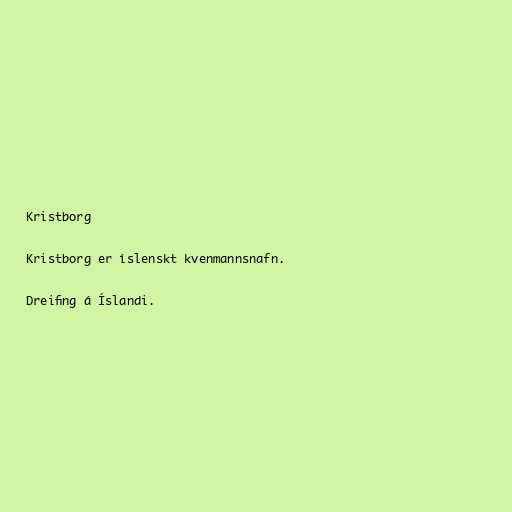
Kristborg

Kristborg er íslenskt kvenmannsnafn.

Dreifing á Íslandi.